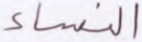
النساء